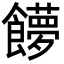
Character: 𩟞